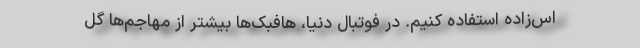
اس‌زاده استفاده کنیم. در فوتبال دنیا، هافبک‌ها بیشتر از مهاجم‌ها گل